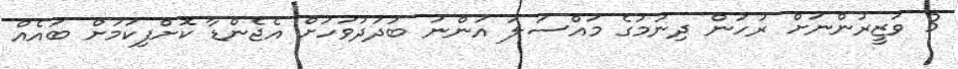
3 ވަޒީރުންނަށް ރުހުން ދިނުމުގެ މައްސަލަ އަންނަ ބުދަދުވަހަށް އެޖެންޑާ ކޮށްފިކަމަށް ބައެއް